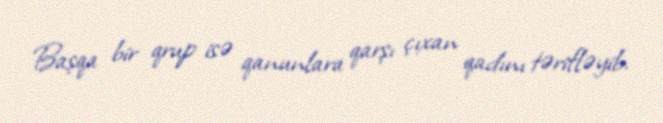
Başqa bir qrup isə qanunlara qarşı çıxan qadını tərifləyib.